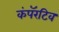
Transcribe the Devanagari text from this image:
कंपॅरटिव